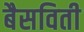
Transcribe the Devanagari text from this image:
बैसविती